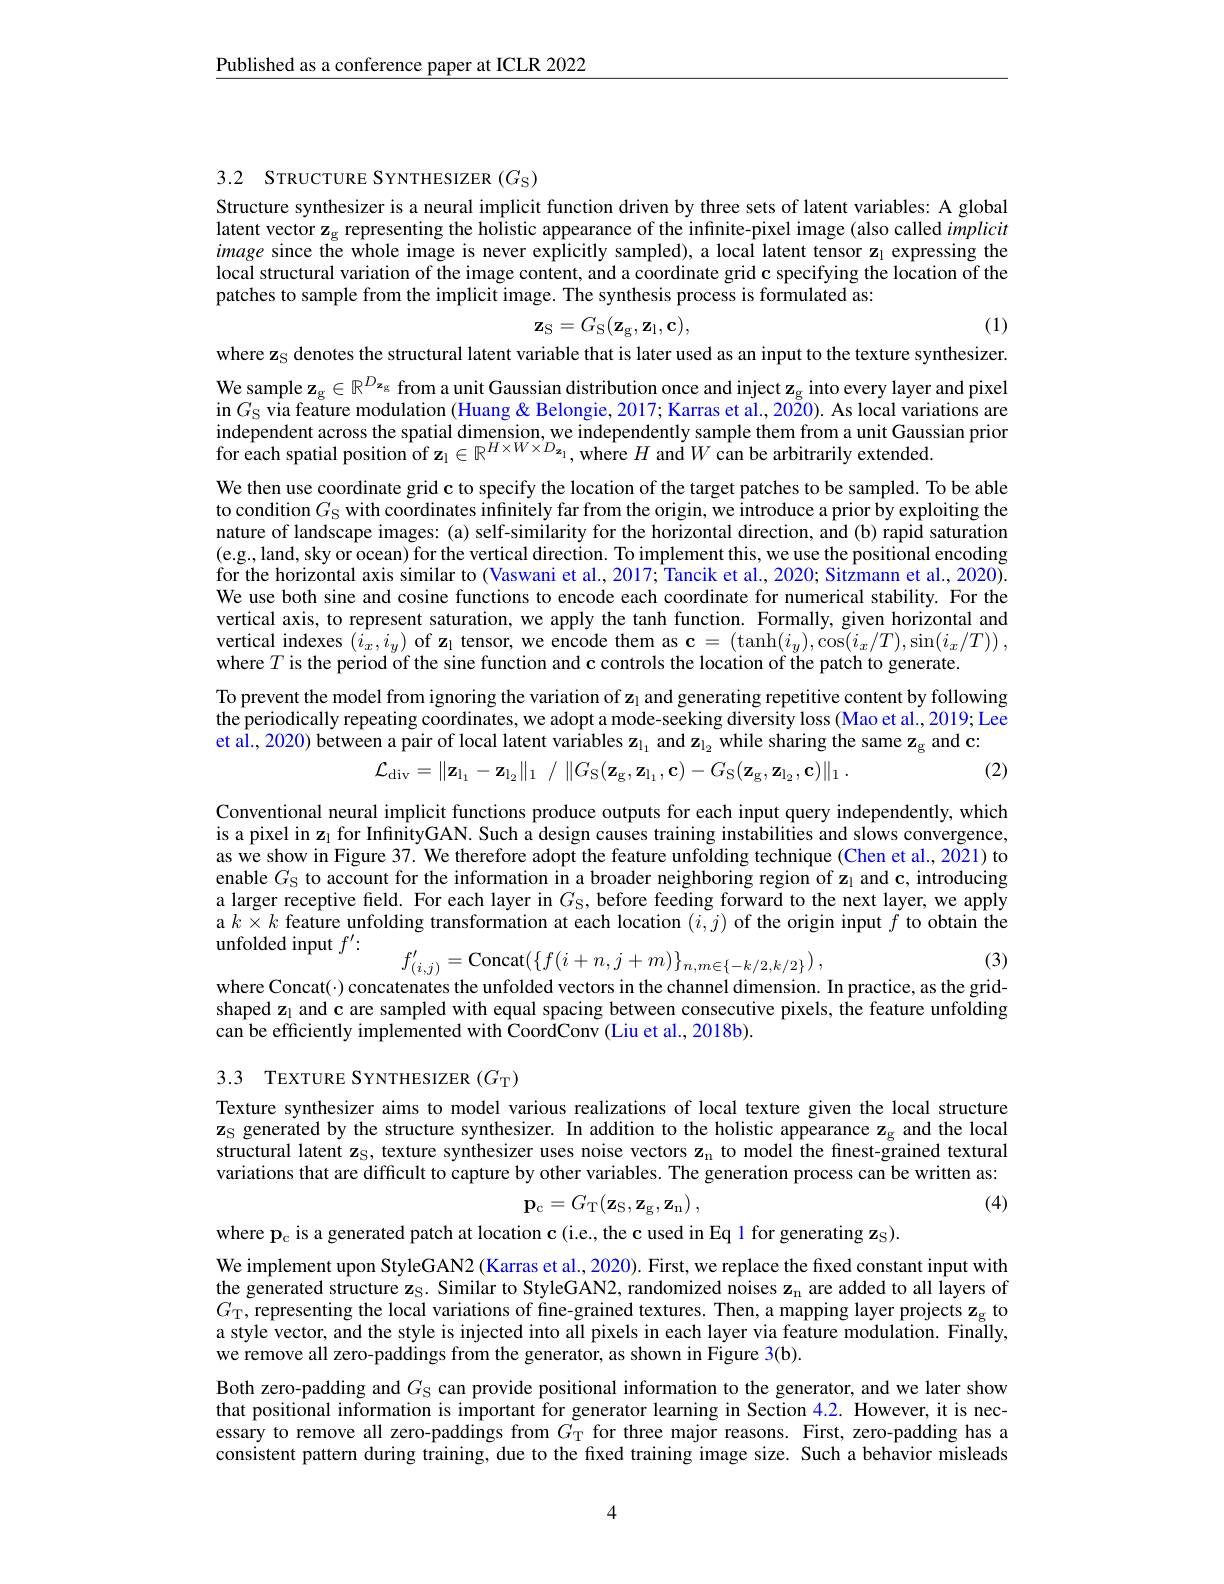
Published as a conference paper at ICLR 2022

3.2 STRUCTURE SYNTHESIZER $(G_{\mathrm{S}})$

Structure synthesizer is a neural implicit function driven by three sets of latent variables: A global latent vector z$_\mathrm{g}$ representing the holistic appearance of the infinite-pixel image (also called implicit image since the whole image is never explicitly sampled), a local latent tensor zı expressing the local structural variation of the image content, and a coordinate grid c specifying the location of the patches to sample from the implicit image. The synthesis process is formulated as:
$$\mathbf{z_S}=G_\mathrm{S}(\mathbf{z_g},\mathbf{z_l},\mathbf{c}),$$
(1)

where z$_\mathrm{S}$ denotes the structural latent variable that is later used as an input to the texture synthesizer. We sample $\mathbf{z}_\mathrm{g}\in\mathbb{R}^{D_\mathbf{z}_\mathrm{g}}$ from a unit Gaussian distribution once and inject $\mathbf{z}_\mathrm{g}$ into every layer and pixel in $G_{\mathrm{S} }$ via feature modulation (Huang & Belongie, 2017; Karras et al., 2020). As local variations are independent across the spatial dimension, we independently sample them from a unit Gaussian prior for each spatial position of $\mathbf{z}_1\in\mathbb{R}^{H\times W\times D_{\mathbf{z}_1}}$, where $H$ and $W$ can be arbitrarily extended.

We then use coordinate grid c to specify the location of the target patches to be sampled. To be able to condition $G_\mathrm{S}$ with coordinates infinitely far from the origin, we introduce a prior by exploiting the nature of landscape images: (a) self-similarity for the horizontal direction, and (b) rapid saturation (e.g., land, sky or ocean) for the vertical direction. To implement this, we use the positional encoding for the horizontal axis similar to (Vaswani et al., 2017; Tancik et al., 2020; Sitzmann et al., 2020). We use both sine and cosine functions to encode each coordinate for numerical stability. For the vertical axis, to represent saturation, we apply the tanh function. Formally, given horizontal and vertical indexes $(\hat{i}_{x},i_{y})$ of z$_1$ tensor, we encode them as $\mathbf{c}=\left(\tanh(i_{y}),\cos(i_{x}/T),\sin(i_{x}/T)\right)$, where $T$ is the period of the sine function and c controls the location of the patch to generate.

To prevent the model from ignoring the variation of z$_1$ and generating repetitive content by following the periodically repeating coordinates, we adopt a mode-seeking diversity loss (Mao et al., 2019; Lee

et al., 2020) between a pair of local latent variables $\mathbf{z}_{1_1}$ and $\mathbf{z}_{\mathrm{l}_2}$ while sharing the same $\mathbf{z}_\mathrm{g}$ and c:
$$\mathcal{L}_{\mathrm{div}}=\|\mathbf{z}_{\mathrm{l}_{1}}-\mathbf{z}_{\mathrm{l}_{2}}\|_{1}\:/\:\|G_{\mathrm{S}}(\mathbf{z}_{\mathrm{g}},\mathbf{z}_{\mathrm{l}_{1}},\mathbf{c})-G_{\mathrm{S}}(\mathbf{z}_{\mathrm{g}},\mathbf{z}_{\mathrm{l}_{2}},\mathbf{c})\|_{1}\:.$$
(2)

Conventional neural implicit functions produce outputs for each input query independently, which is a pixel in z$_1$ for InfnityGAN. Such a design causes training instabilities and slows convergence, as we show in Figure 37. We therefore adopt the feature unfolding technique (Chen et al., 2021) to enable $G_{\mathrm{S}}$ to account for the information in a broader neighboring region of z$_1$ and c, introducing a larger receptive field. For each layer in $G_\mathrm{S}$, before feeding forward to the next layer, we apply a $k\times k$ feature unfolding transformation at each location $(\tilde{i},\tilde{j})$ of the origin input $f$ to obtain the unfolded input $f^\prime:$
$$f'_{(i,j)}=\mathrm{Concat}(\{f(i+n,j+m)\}_{n,m\in\{-k/2,k/2\}})\:,$$
(3)

where Concat(·) concatenates the unfolded vectors in the channel dimension. In practice, as the grid-

shaped z$_{1}$ and c are sampled with equal spacing between consecutive pixels, the feature unfolding
can be efficiently implemented with CoordConv (Liu et al., 2018b).

3.3 TEXTURE SYNTHESIZER $(G_{\mathrm{T}})$

Texture synthesizer aims to model various realizations of local texture given the local structure $\mathbf{z}_{\mathrm{S}}$ generated by the structure synthesizer. In addition to the holistic appearance z$_\mathrm{g}$ and the local structural latent z$_\mathrm{S}$, texture synthesizer uses noise vectors z$_\mathrm{n}$ to model the finest-grained textural variations that are difficult to capture by other variables. The generation process can be written as:

(4)
$$\mathbf{p}_{\mathrm{c}}=G_{\mathrm{T}}(\mathbf{z}_{\mathrm{S}},\mathbf{z}_{\mathrm{g}},\mathbf{z}_{\mathrm{n}})\:,$$
where p$_\mathrm{c}$ is a generated patch at location c (i.e., the c used in Eq 1 for generating zs).
We implement upon StyleGAN2 (Karras et al., 2020). First, we replace the fixed constant input with the generated structure zs. Similar to StyleGAN2, randomized noises z$_\mathrm{n}$ are added to all layers of $G_{\mathrm{T}}$,representing the local variations of fine-grained textures. Then, a mapping layer projects z$_\mathrm{g}$ to a style vector, and the style is injected into aII pixels in each layer via feature modulation. Finally, we remove all zero-paddings from the generator, as shown in Figure 3(b).
Both zero-padding and $G_\mathrm{S}$ can provide positional information to the generator, and we later show that positional information is important for generator learning in Section 4.2. However, it is necessary to remove all zero-paddings from $G_\mathrm{T}$ for three major reasons. First, zero-padding has a consistent pattern during training, due to the fixed training image size. Such a behavior misleads

4